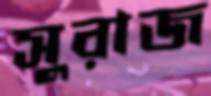
সুরাজ